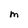
Character: M